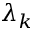
\lambda _ { k }